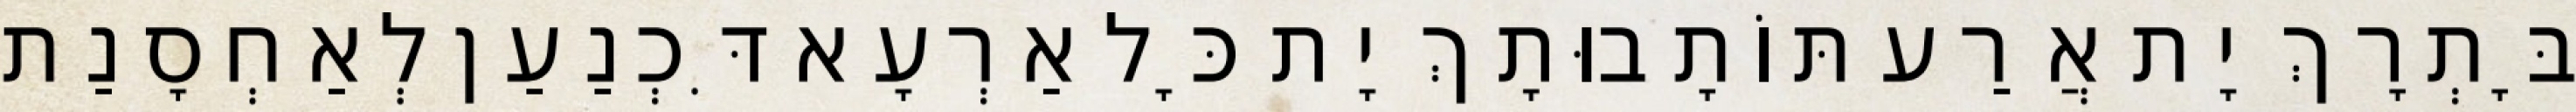
בָּתְרָךְ יָת אֲרַע תּוֹתָבוּתָךְ יָת כָּל אַרְעָא דִּכְנַעַן לְאַחְסָנַת